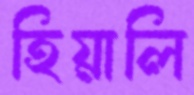
হিয়ালি